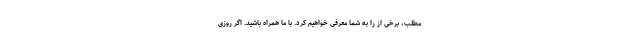
مطلب، برخی از را به شما معرفی خواهیم کرد. با ما همراه باشید. اگر روزی